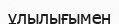
ұлылығымен